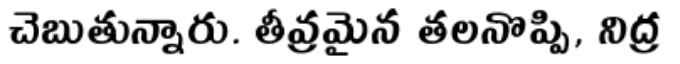
చెబుతున్నారు. తీవ్రమైన తలనొప్పి, నిద్ర